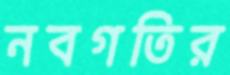
নবগতির